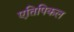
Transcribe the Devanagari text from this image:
एतिपिकल